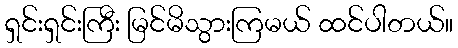
ရှင်းရှင်းကြီး မြင်မိသွားကြမယ် ထင်ပါတယ်။